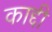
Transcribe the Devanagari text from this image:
काद्दी